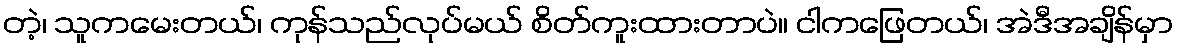
တဲ့၊ သူကမေးတယ်၊ ကုန်သည်လုပ်မယ် စိတ်ကူးထားတာပဲ။ ငါကဖြေတယ်၊ အဲဒီအချိန်မှာ